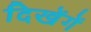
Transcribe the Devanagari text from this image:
दिखेंगें